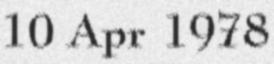
10 Apr 1978